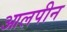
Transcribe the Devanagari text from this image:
आलपीन